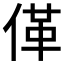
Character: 𱎼